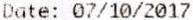
DATE: 07/10/2017